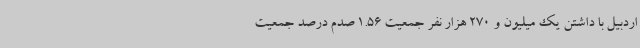
اردبیل با داشتن یک میلیون و 270 هزار نفر جمعیت 1.56 صدم درصد جمعیت